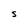
Character: S